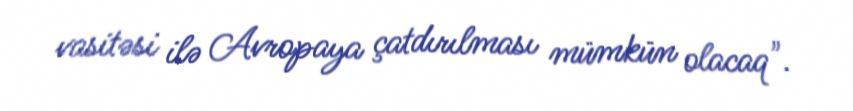
vasitəsi ilə Avropaya çatdırılması mümkün olacaq".